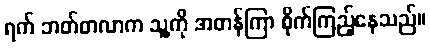
ရက် ဘတ်တလာက သူ့ကို အတန်ကြာ စိုက်ကြည့်နေသည်။